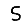
Digit: 5